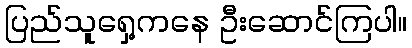
ပြည်သူရှေ့ကနေ ဦးဆောင်ကြပါ။